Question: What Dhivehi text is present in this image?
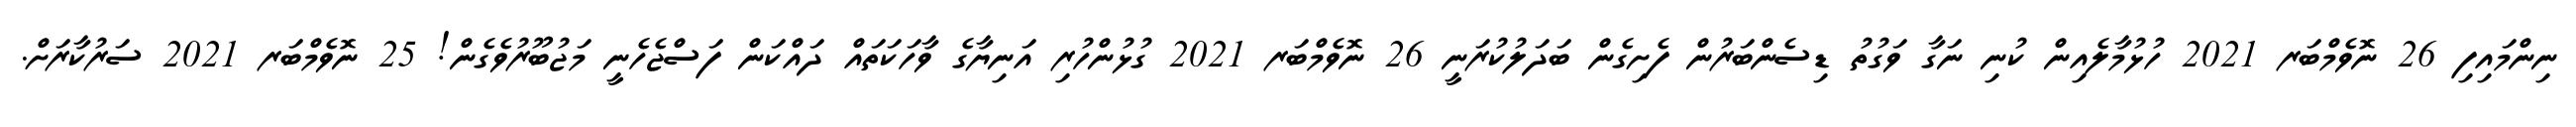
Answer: ނިންމައިފި 26 ނޮވެމްބަރ 2021 ހުޅުމާލެއިން ކުނި ނަގާ ވަގުތު ޑިސެންބަރުން ފެށިގެން ބަދަލުކުރަނީ 26 ނޮވެމްބަރ 2021 ގުޅުންހުރި އަނިޔާގެ ވާހަކަތައް ދައްކަން ފަސްޖެހެނީ މަޖުބޫރުވެގެން! 25 ނޮވެމްބަރ 2021 ސަރުކާރަށް.